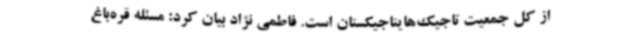
از کل جمعیت تاجیک‌هایتاجیکستان است. فاطمی نژاد بیان کرد: مسئله قره‌باغ